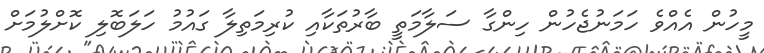
މީހުން އެއްވެ ހަމަނުޖެހުން ހިންގާ ސަލާމަތީ ބާރުތަކާއި ކުރިމަތިލާ ގައުމު ހަލަބޮލި ކޮށްލުމަށް